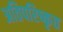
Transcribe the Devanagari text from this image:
अतिपरिष्कृत